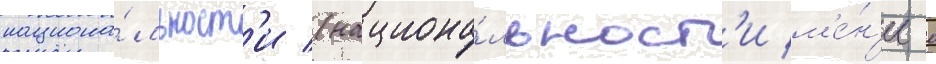
национа́льност'и (национа́льност'и м'е́н'ее 0